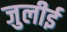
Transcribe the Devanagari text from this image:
जुलीई